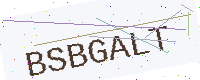
Text: BSBGALT